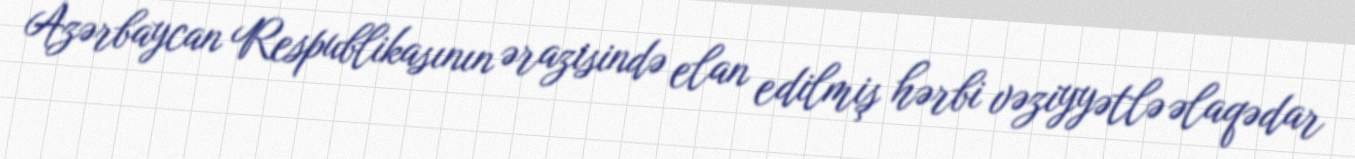
Azərbaycan Respublikasının ərazisində elan edilmiş hərbi vəziyyətlə əlaqədar